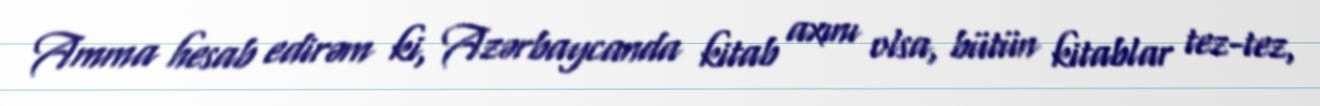
Amma hesab edirəm ki, Azərbaycanda kitab axını olsa, bütün kitablar tez-tez,